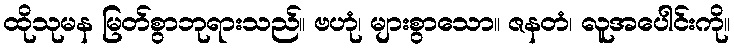
ထိုသုမန မြတ်စွာဘုရားသည်။ ဗဟုံ၊ များစွာသော။ ဇနတံ၊ လူအပေါင်းကို။